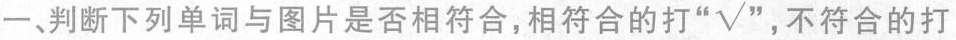
一、判断下列单词与图片是否相符合,相符合的打“√”，不符合的打